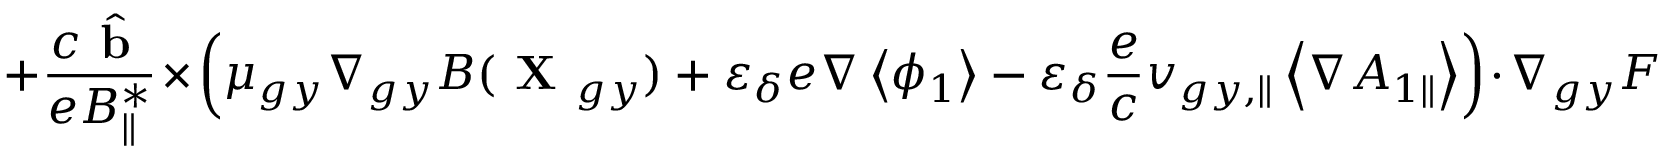
+ \frac { c \hat { \textbf { b } } } { e { B } _ { \parallel } ^ { * } } \times \left( \mu _ { g y } \nabla _ { g y } B ( \textbf { X } _ { g y } ) + \varepsilon _ { \delta } e \nabla \left\langle \phi _ { 1 } \right\rangle - \varepsilon _ { \delta } \frac { e } { c } v _ { g y , \parallel } \left\langle \nabla { A } _ { 1 \parallel } \right\rangle \right) \boldsymbol { \cdot } \nabla _ { g y } F \,